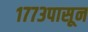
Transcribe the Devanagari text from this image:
१७७३पासून